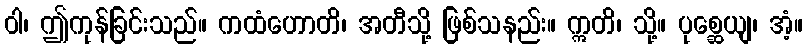
ဝါ၊ ဤကုန်ခြင်းသည်။ ကထံဟောတိ၊ အတီသို့ ဖြစ်သနည်း။ ဣတိ၊ သို့။ ပုစ္ဆေယျ၊ အံ့။